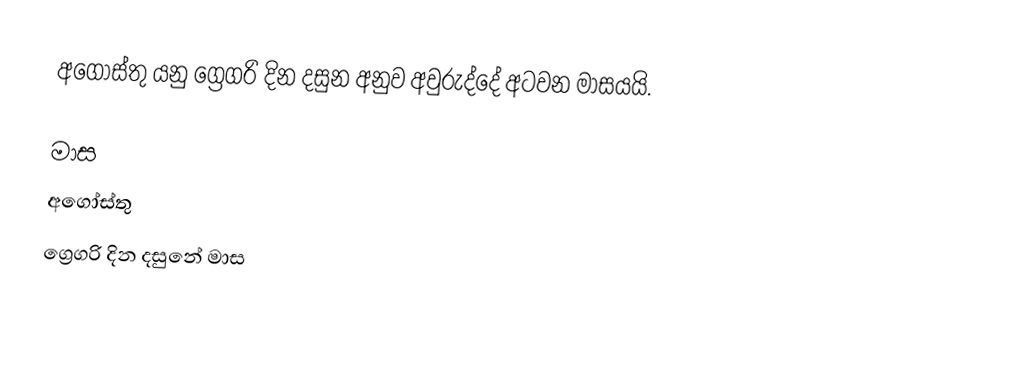
අගෝස්තු යනු ග්‍රෙගරි දින දසුන අනුව අවුරුද්දේ අටවන මාසයයි.

මාස
අගෝස්තු
ග්‍රෙගරි දින දසුනේ මාස